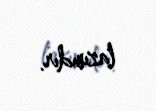
lazımdır.